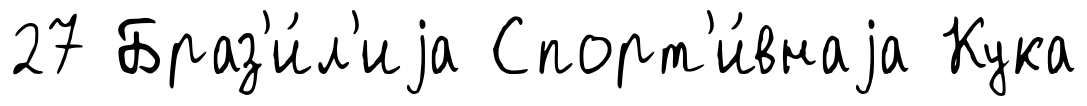
27 Браз'и́л'иjа Спорт'и́внаjа Кука